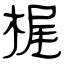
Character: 梶